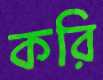
করি